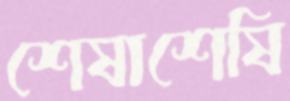
শেষাশেষি